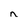
Character: n